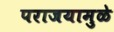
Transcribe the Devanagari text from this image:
पराजयामुळे